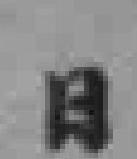
日